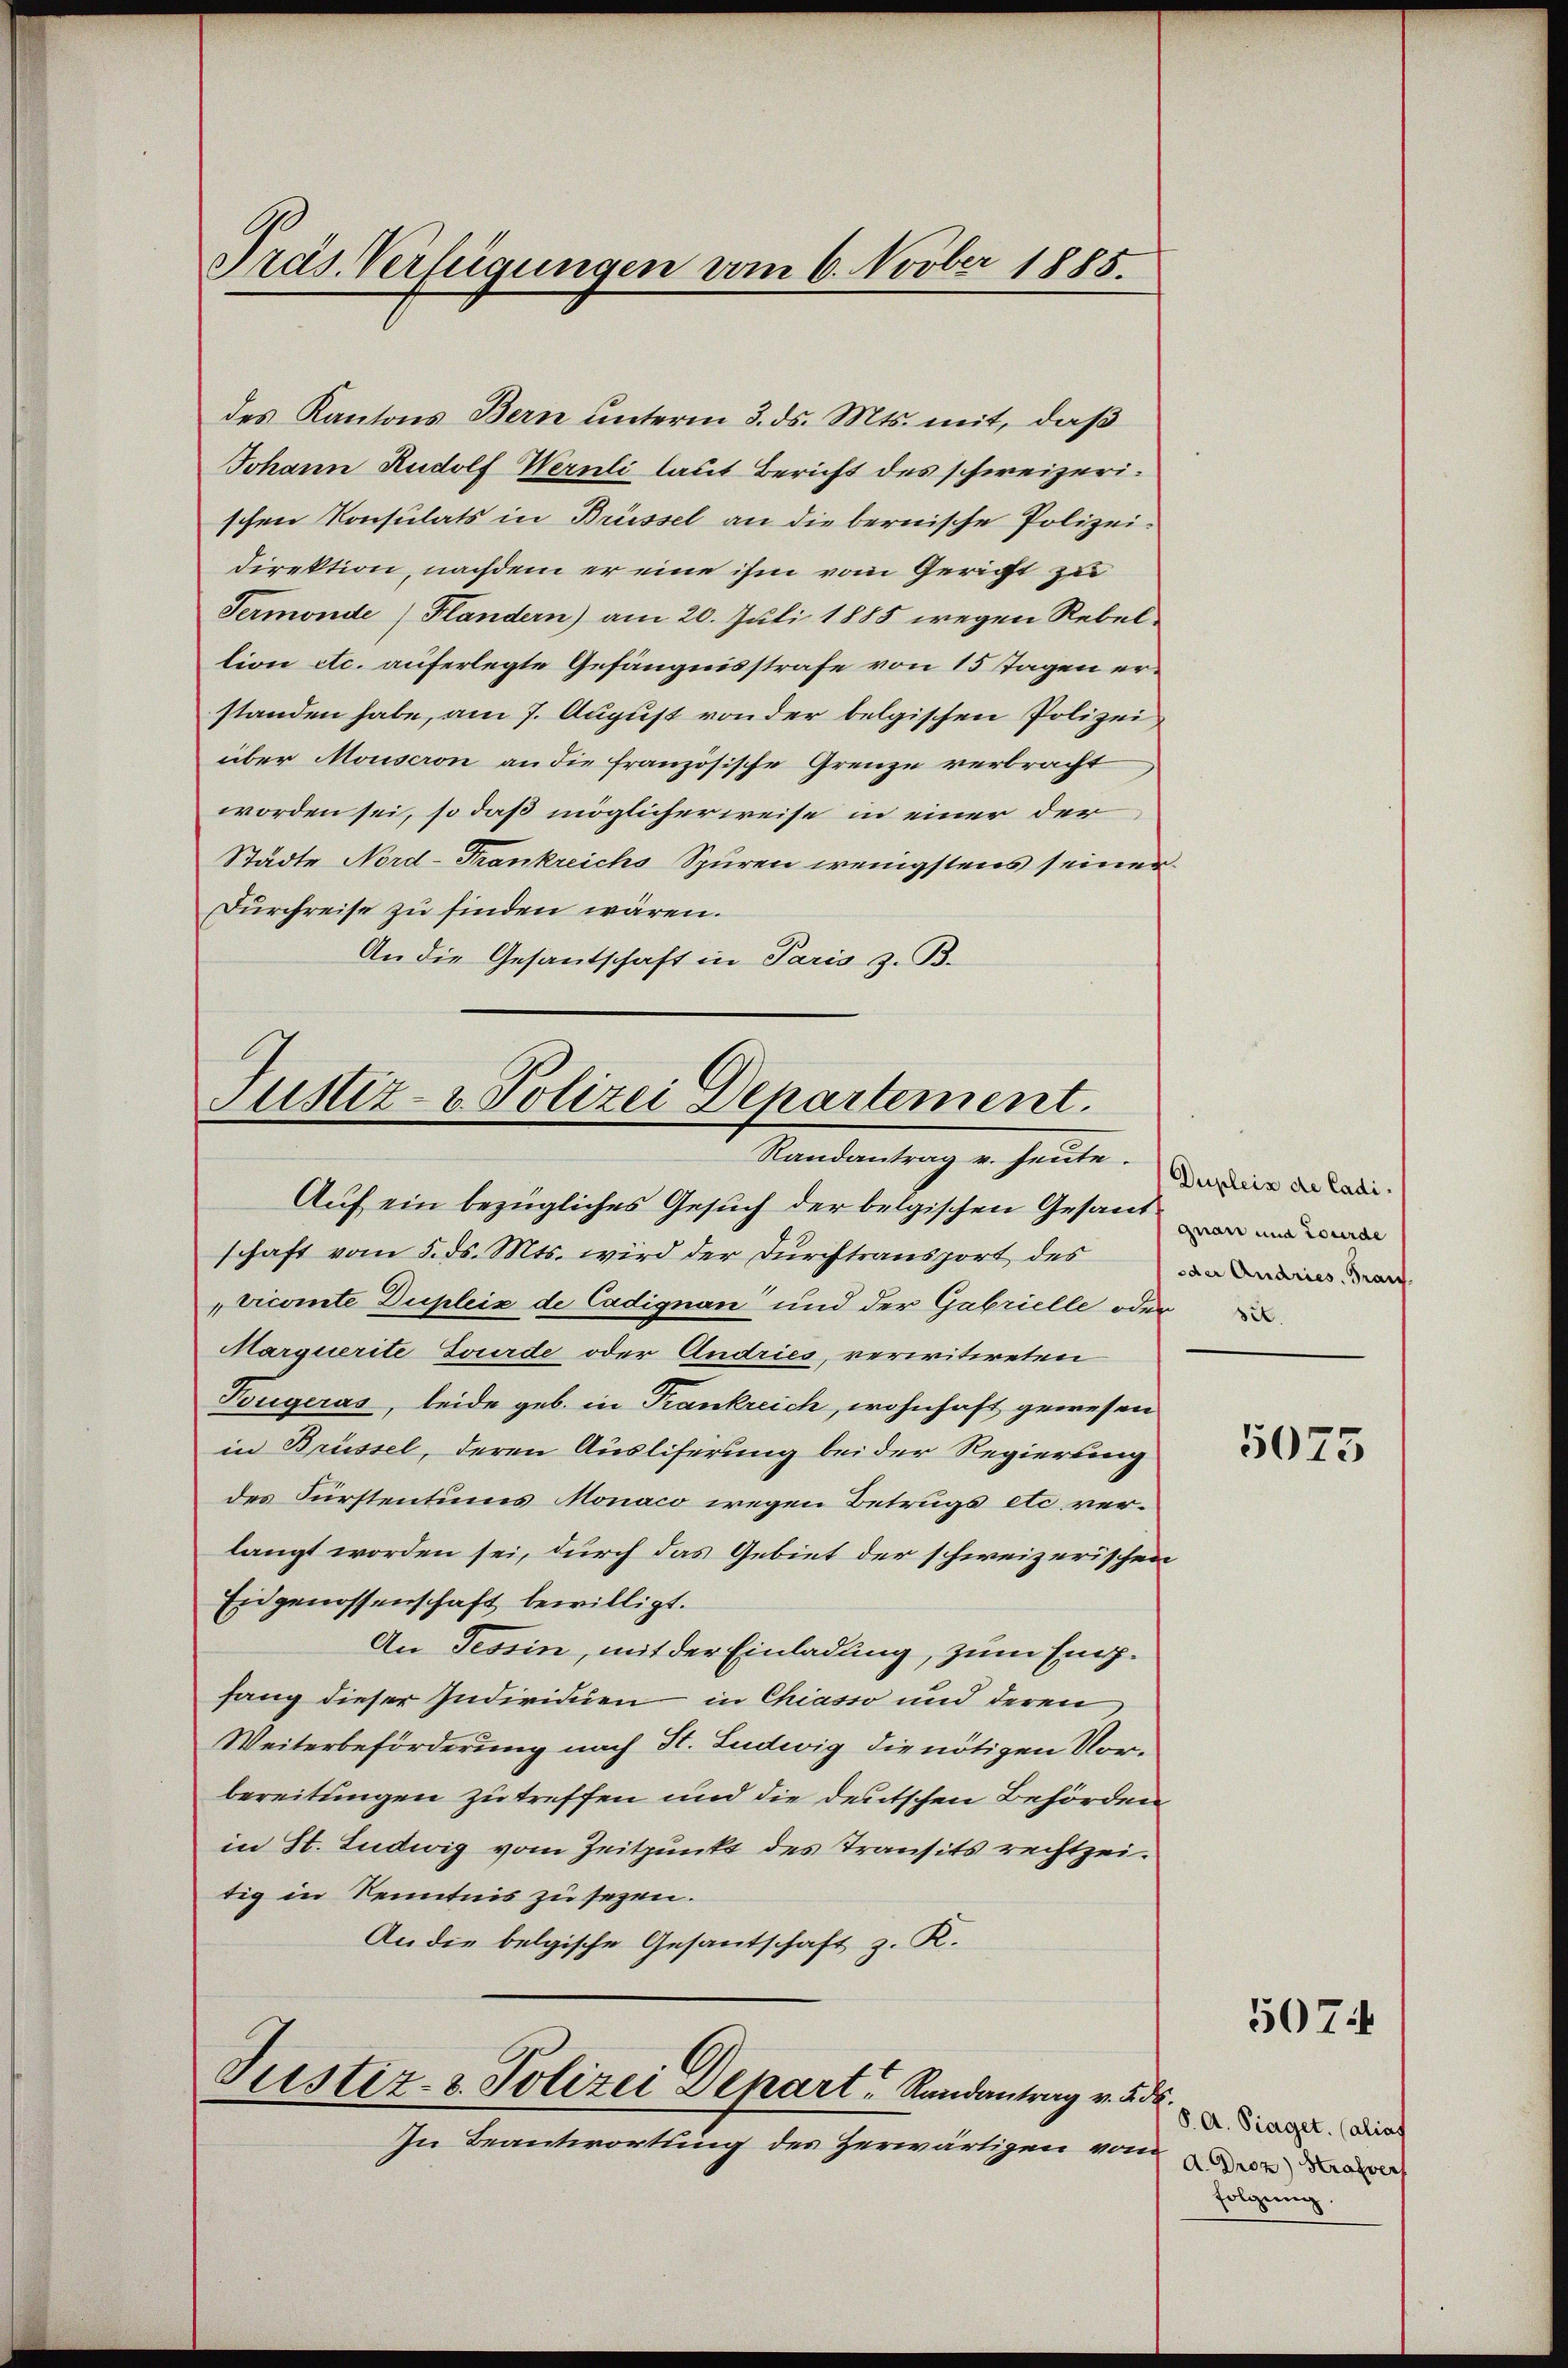
Pras Verfügungen vom 6. Novber 1885.

des Kantons Bern unterm 3. ds. Mts. mit, daß
Johann Rudolf Wernli laut Bericht des schweizerischen Konsulats in Brüssel an die bernische Polizeidirektion, nachdem er eine ihm vom Gericht zu
Sermonde (Flandern) am 20. Juli 1885 wegen Rebeltion etc. auferlegte Gefängnisstrafe von 15 Tagen erstanden habe, am 7. August von der belgischen Polizei
über Mouseron an die französische Grenze verbracht
worden sei, so daß möglicherweise in einer der
Städte Nord-Frankreichs Spuren wenigstens seiner
Durchreise zu finden wären.
An die Gesandschaft in Paris z. B.

Justiz- & Polizei Departement.
Randantrag u. heute. Derseite der Ladi¬

Auf ein bezügliches Gesuch der belgischen Gesand und d
schaft vom 5. ds. Mts. wird der Durchtransport des in
viconte Dupleiz de Cadignan und der Gabrielle oder
Marquerite Fourde oder Andries, verwitweten
Bougeras, leide geb. in Frankreich, wohnhaft gewesen
in Brüssel, deren Auslieferung bei der Regierung
des Fürstentums Monaco wegen Betrugs etc. verlangt worden sei, durch das Gebiet der schweizerischen
Eidgenossenschaft bewilligt.
An Tessin, mit der Einladung, zum Empfang dieser Individuen in Chiasso und deren
Weiterbeförderung nach St. Ludwig die nötigen Vor-
bereitungen zu treffen und die deutschen Behörden
in St. Ludwig vom Zeitpunkt des Transits rechtzeitig in Kenntnis zu sezen.
An die belgische Gesantschaft z. R.

Justiz- & Polizei Depart Randantrag v. 5.

In Beantwortung des Zerwärtigen vom

5075

5074

¬
S. A. Piaget. Calias
d. Droz) Strafver
folgung.